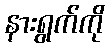
နားရွက်ကို